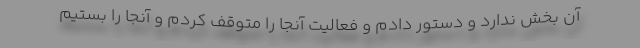
آن بخش ندارد و دستور دادم و فعالیت آنجا را متوقف کردم و آنجا را بستیم